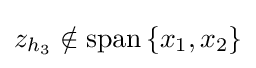
{\textstyle z_{h_{3}}\notin \operatorname {span} \left\{x_{1},x_{2}\right\}}